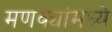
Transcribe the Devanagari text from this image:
मणक्यांमध्ये